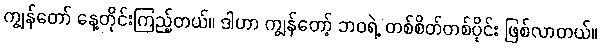
ကျွန်တော် နေ့တိုင်းကြည့်တယ်။ ဒါဟာ ကျွန်တော့် ဘဝရဲ့ တစ်စိတ်တစ်ပိုင်း ဖြစ်လာတယ်။